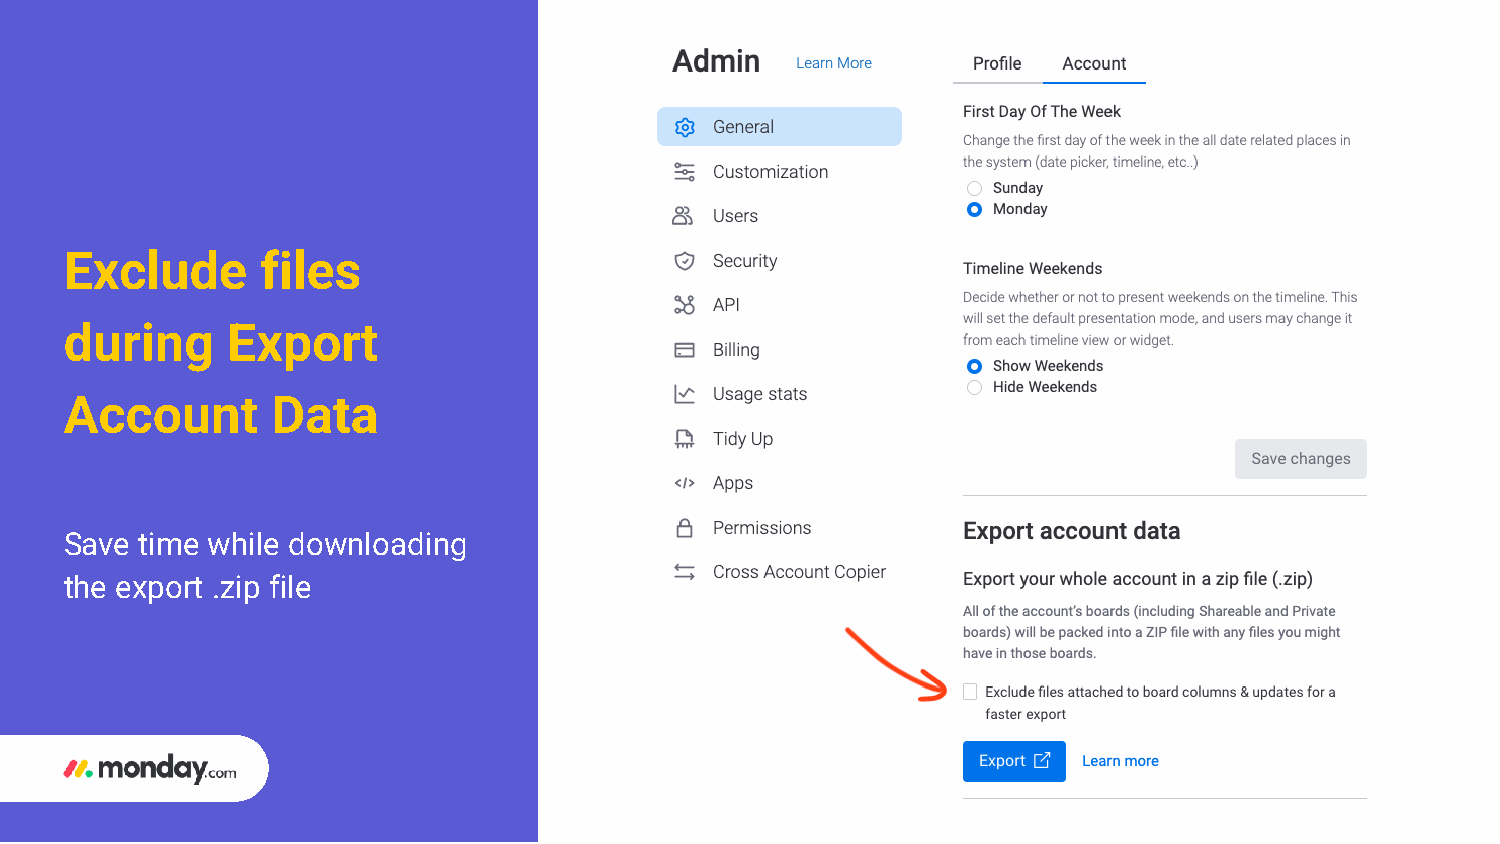
Exclude      files
 during     Export
 Account       Data
 Save time while downloading
 the export .zip file